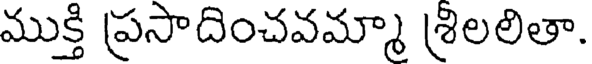
ముక్తి ప్రసాదించవమ్మా శ్రిలలితా.